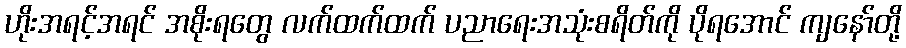
ဟိုးအရင့်အရင် အစိုးရတွေ လက်ထက်ထက် ပညာရေးအသုံးစရိတ်ကို ပိုရအောင် ကျနော်တို့